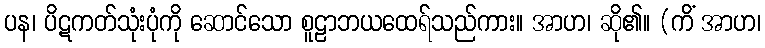
ပန၊ ပိဋကတ်သုံးပုံကို ဆောင်သော စူဠာဘယထေရ်သည်ကား။ အာဟ၊ ဆို၏။ (ကိံ အာဟ၊